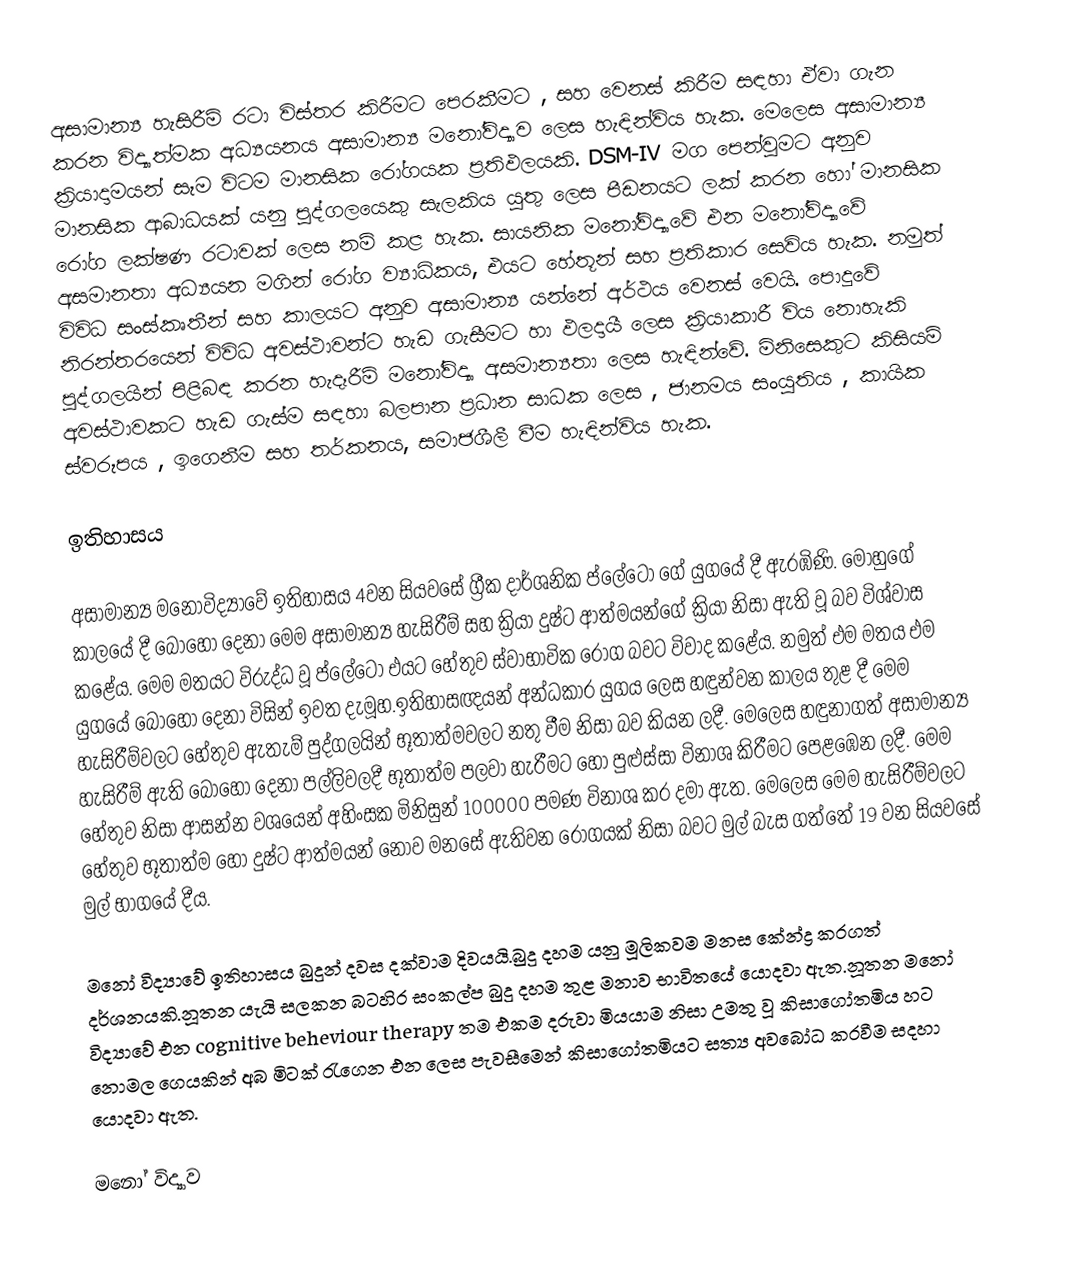
අසාමාන්‍ය හැසිරීම් රටා විස්තර කිරීමට පෙරකීමට , සහ වෙනස් කිරීම සඳහා ඒවා ගැන කරන විද්‍යාත්මක අධ්‍යයනය අසාමාන්‍ය මනෝවිද්‍යාව ලෙස හැඳින්විය හැක. මෙලෙස අසාමාන්‍ය ක්‍රියාදාමයන් සෑම විටම මානසික රෝගයක ප්‍රතිඵලයකි. DSM-IV මග පෙන්වුමට අනුව මානසික ආබාධයක් යනු පුද්ගලයෙකු ‍සැලකිය යුතු ලෙස පීඩනයට ලක් කරන හෝ මානසික රෝග ලක්ෂණ රටාවක් ලෙස නම් කළ හැක. සායනික මනෝවිද්‍යාවේ එන මනෝවිද්‍යාවේ අසමානතා අධ්‍යයන මගින් රෝග ව්‍යාධිකය, එයට හේතූන් සහ ප්‍රතිකාර සෙවිය හැක. නමුත් විවිධ සංස්කෘතීන් සහ කාලයට අනුව අසාමාන්‍ය යන්නේ අර්ථය වෙනස් වෙයි. පොදුවේ නිරන්තරයෙන් විවිධ අවස්ථාවන්ට හැඩ ගැසීමට හා ඵලදායී ලෙස ක්‍රියාකාරී විය නොහැකි පුද්ගලයින් පිළිබඳ කරන හැදෑරීම් මනෝවිද්‍යා අසමාන්‍යතා ලෙස හැඳින්වේ. මිනිසෙකුට කිසියම් අවස්ථාවකට හැඩ ගැස්ම සඳහා බලපාන ප්‍රධාන සාධක ලෙස , ජානමය සංයුතිය , කායික ස්වරූපය , ඉගෙනීම සහ තර්කනය, සමාජශීලී වීම හැඳින්විය හැක.

ඉතිහාසය

අසාමාන්‍ය මනෝවිද්‍යාවේ ඉතිහාසය 4වන සියවසේ ග්‍රීක දාර්ශනික ප්ලේටෝ ගේ යුගයේ දී ඇරඹිණි. මොහුගේ කාලයේ දී බොහෝ දෙනා මෙම අසාමාන්‍ය හැසිරීම් සහ ක්‍රියා දුෂ්ට ආත්මයන්ගේ ක්‍රියා නිසා ඇති වූ බව විශ්වාස කළේය. මෙම මතයට විරුද්ධ වූ ප්ලේටෝ එයට හේතුව ස්වාභාවික රෝග බවට විවාද කළේය. නමුත් එම මතය එම යුගයේ බොහෝ දෙනා විසින් ඉවත දැමූහ.ඉතිහාසඥයන් අන්ධකාර යුගය ලෙස හඳුන්වන කාලය තුළ දී මෙම හැසිරීම්වලට හේතුව ඇතැම් පුද්ගලයින් භූතාත්මවලට නතු වීම නිසා බව කියන ලදී. මෙලෙස හඳුනාගත් අසාමාන්‍ය හැසිරීම් ඇති බොහෝ දෙනා පල්ලිවලදී භූතාත්ම පලවා හැරීමට හෝ පුළුස්සා විනාශ කිරීමට පෙළඹෙන ලදී. මෙම හේතුව නිසා ආසන්න වශයෙන් අහිංසක මිනිසුන් 100000 පමණ විනාශ කර දමා ඇත. මෙලෙස මෙම හැසිරීම්වලට හේතුව භූතාත්ම හෝ දුෂ්ට ආත්මයන් නොව මනසේ ඇතිවන රෝගයක් නිසා බවට මුල් බැස ගත්තේ 19 වන සියවසේ මුල් භාගයේ දීය.

මනෝ විද්‍යාවේ ඉතිහාසය බුදුන් දවස දක්වාම දිවයයි.බුදු දහම යනු මූලිකවම මනස කේන්ද්‍ර කරගත් දර්ශනයකි.නූතන යැයි සලකන බටහිර සංකල්ප බුදු දහම තුළ මනාව භාවිතයේ යොදවා ඇත.නූතන මනෝ විද්‍යාවේ එන cognitive beheviour therapy තම එකම දරුවා මියයාම නිසා උමතු වූ කිසාගෝතමිය හට නොමල ගෙයකින් අබ මිටක් රැගෙන එන ලෙස පැවසීමෙන් කිසාගෝතමියට සත්‍ය අවබෝධ කරවීම සදහා යොදවා ඇත.

මනෝ විද්‍යාව